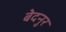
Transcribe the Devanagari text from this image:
बेदनुर